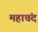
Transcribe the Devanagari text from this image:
महाचंद